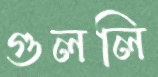
গুললি